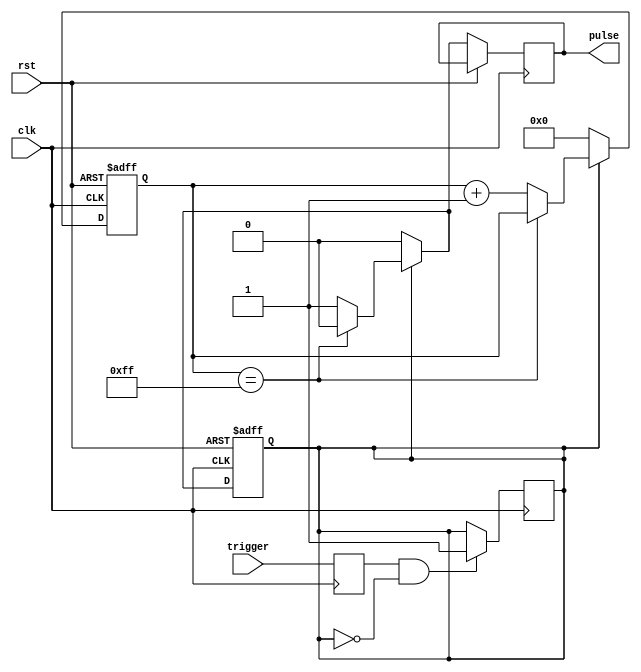
module one_shot_timer (
  input wire clk,
  input wire rst,
  input wire trigger,
  output reg pulse
);

reg [7:0] counter;
reg sync_trigger;
reg timer_active;

always @(posedge clk or posedge rst) begin
  if (rst) begin
    counter <= 8'h00;
    timer_active <= 1'b0;
  end else begin
    if (timer_active) begin
      if (counter == 8'hFF) begin
        pulse <= 1'b0;
        timer_active <= 1'b0;
      end else begin
        counter <= counter + 1;
        pulse <= 1'b1;
      end
    end else begin
      counter <= 8'h00;
      pulse <= 1'b0;
    end
  end
end

always @(posedge clk) begin
  sync_trigger <= trigger;
  if (sync_trigger && !timer_active) begin
    timer_active <= 1'b1;
  end
end

endmodule